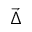
\vec { \Delta }